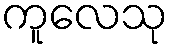
ကူလေသု